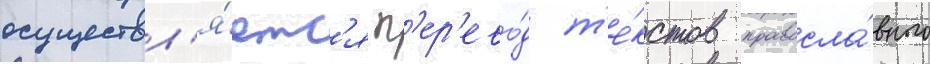
осуществл'я́етс'я п'ер'ево́д т'е́кстов правосла́вного